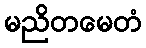
မညိတမေတံ